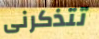
تتذكرنى